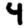
Digit: 4